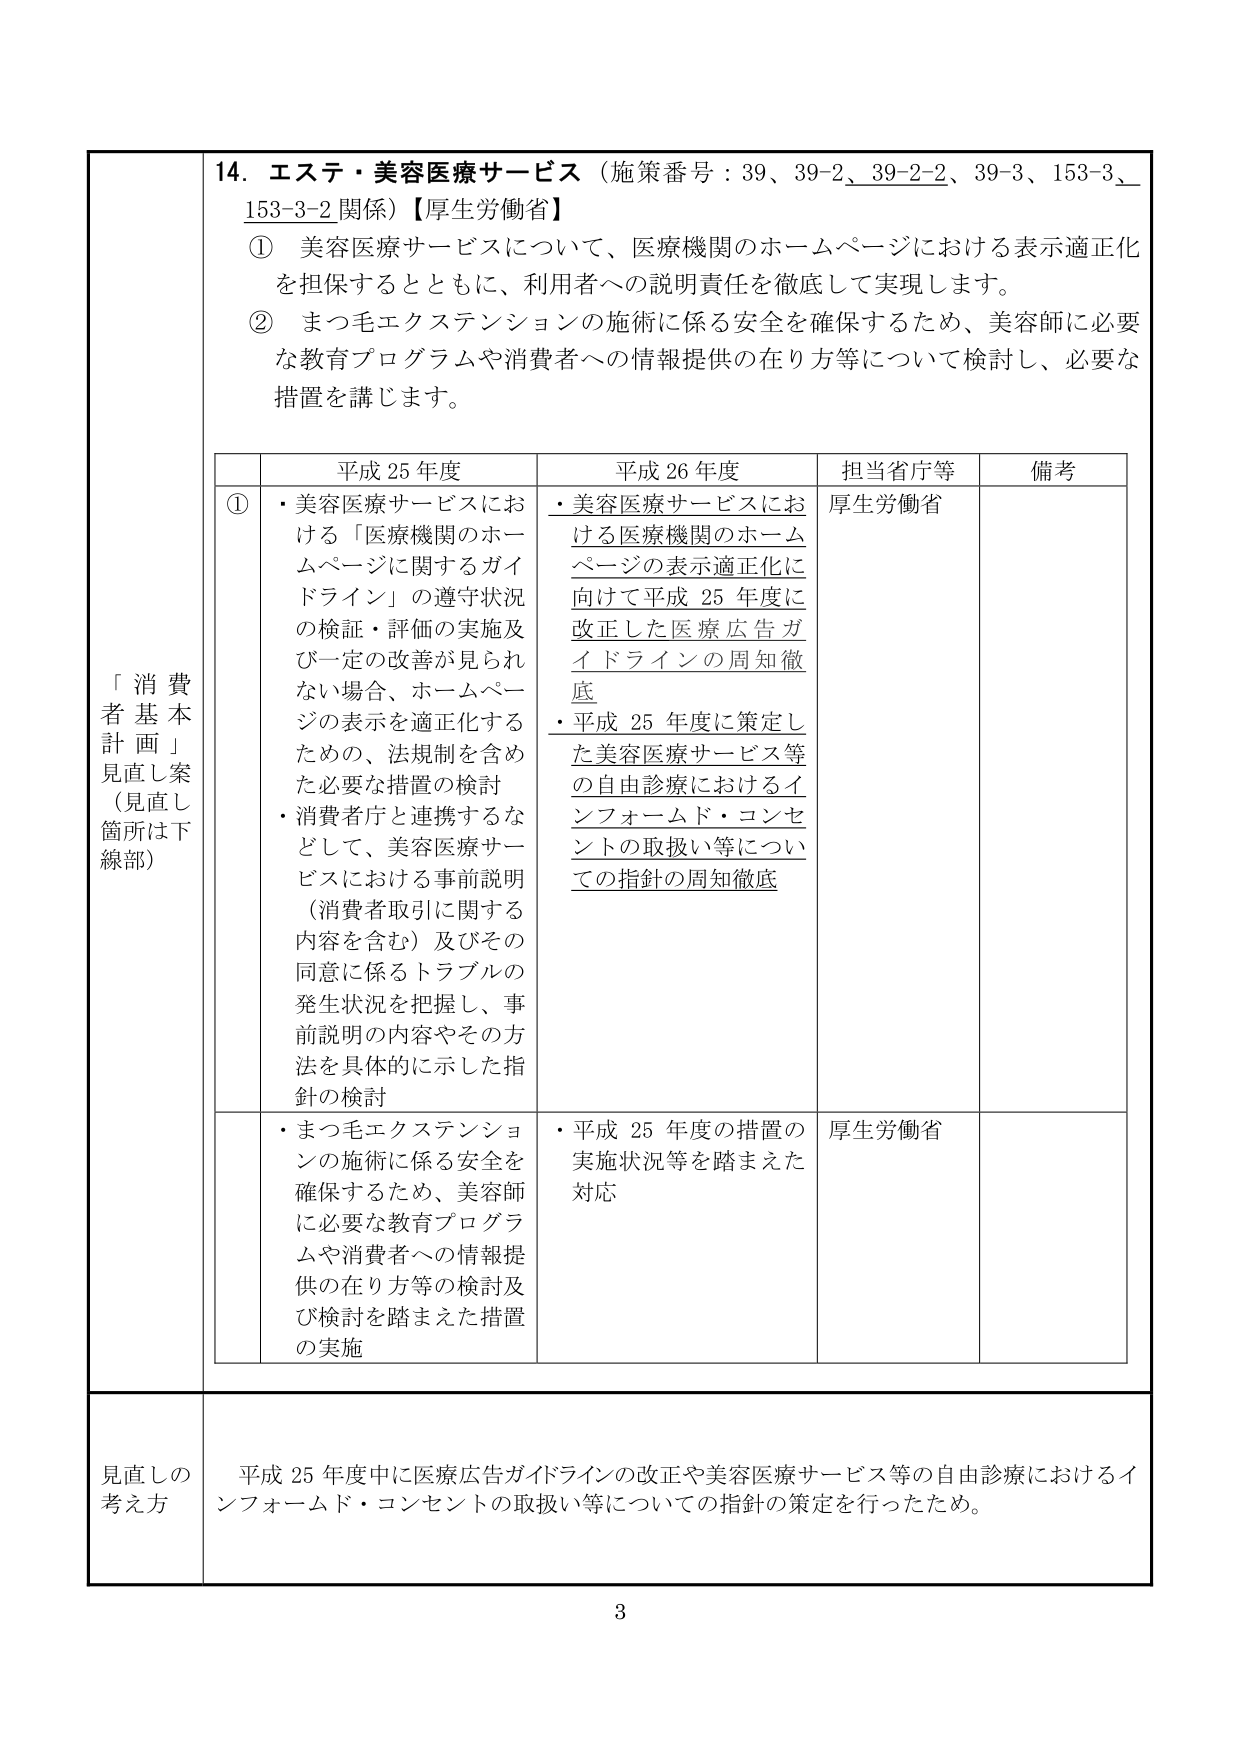
14. エステ・美容医療サービス（施策番号：39、39-2、39-2-2、39-3、153-3、153-3-2 関係）【厚生労働省】

① 美容医療サービスについて、医療機関のホームページにおける表示適正化を担保するとともに、利用者への説明責任を徹底して実現します。

② まつ毛エクステンションの施術に係る安全を確保するため、美容師に必要な教育プログラムや消費者への情報提供の在り方等について検討し、必要な措置を講じます。

「消費者基本計画」見直し案（見直し箇所は下線部）

平成25年度 平成26年度 担当省庁等 備考

①
・美容医療サービスにおける「医療機関のホームページに関するガイドライン」の遵守状況の検証・評価の実施及び一定の改善が見られない場合、ホームページの表示を適正化するための、法規制を含めた必要な措置の検討
・消費者庁と連携するなどして、美容医療サービスにおける事前説明（消費者取引に関する内容を含む）及びその同意に係るトラブルの発生状況を把握し、事前説明の内容やその方法を具体的に示した指針の検討

・美容医療サービスにおける医療機関のホームページの表示適正化に向けて平成25年度に改正した医療広告ガイドラインの周知徹底
・平成25年度に策定した美容医療サービス等の自由診療におけるインフォームド・コンセントの取扱い等についての指針の周知徹底

厚生労働省

・まつ毛エクステンションの施術に係る安全を確保するため、美容師に必要な教育プログラムや消費者への情報提供の在り方等の検討及び検討を踏まえた措置の実施

・平成25年度の措置の実施状況等を踏まえた対応

厚生労働省

見直しの考え方
平成25年度中に医療広告ガイドラインの改正や美容医療サービス等の自由診療におけるインフォームド・コンセントの取扱い等についての指針の策定を行ったため。

3